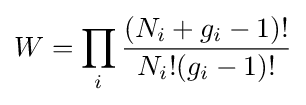
W=\prod _{i}{\frac {(N_{i}+g_{i}-1)!}{N_{i}!(g_{i}-1)!}}